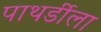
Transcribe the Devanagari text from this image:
पाथर्डीला